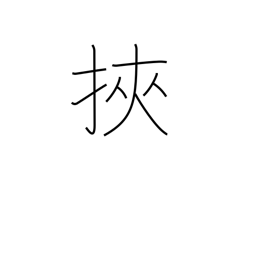
Meaning: get caught